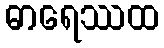
ဓာရေဿထ